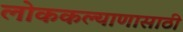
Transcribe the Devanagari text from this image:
लोककल्याणासाठी